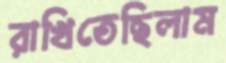
রাখিতেছিলাম